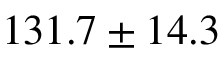
1 3 1 . 7 \pm 1 4 . 3